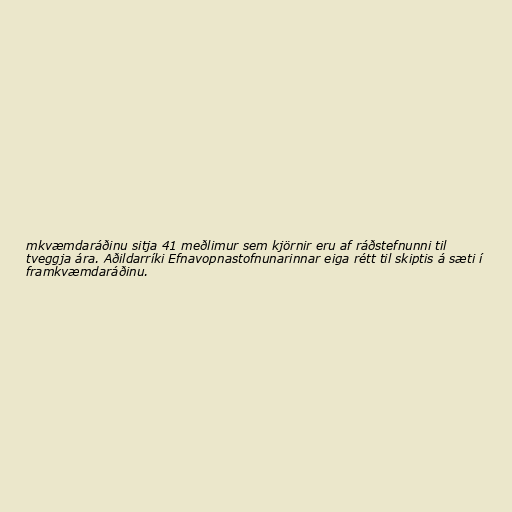
mkvæmdaráðinu sitja 41 meðlimur sem kjörnir eru af ráðstefnunni til
tveggja ára. Aðildarríki Efnavopnastofnunarinnar eiga rétt til skiptis á sæti í
framkvæmdaráðinu.